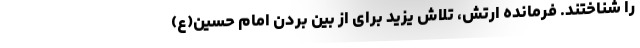
را شناختند. فرمانده ارتش، تلاش یزید برای از بین بردن امام حسین(ع)